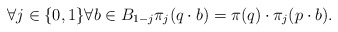
\begin{align*}\forall j\in\{0,1\}\forall b \in B_{1-j} \pi_j(q\cdot b) = \pi(q) \cdot \pi_j(p \cdot b).\end{align*}